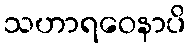
သဟာရဝေနာပိ